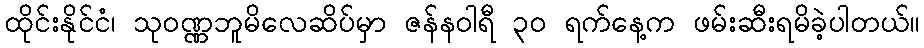
ထိုင်းနိုင်ငံ၊ သုဝဏ္ဏဘူမိလေဆိပ်မှာ ဇန်နဝါရီ ၃၀ ရက်နေ့က ဖမ်းဆီးရမိခဲ့ပါတယ်။